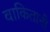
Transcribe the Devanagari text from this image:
वाकितानी